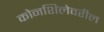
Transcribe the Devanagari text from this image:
कोनशिलेवरील